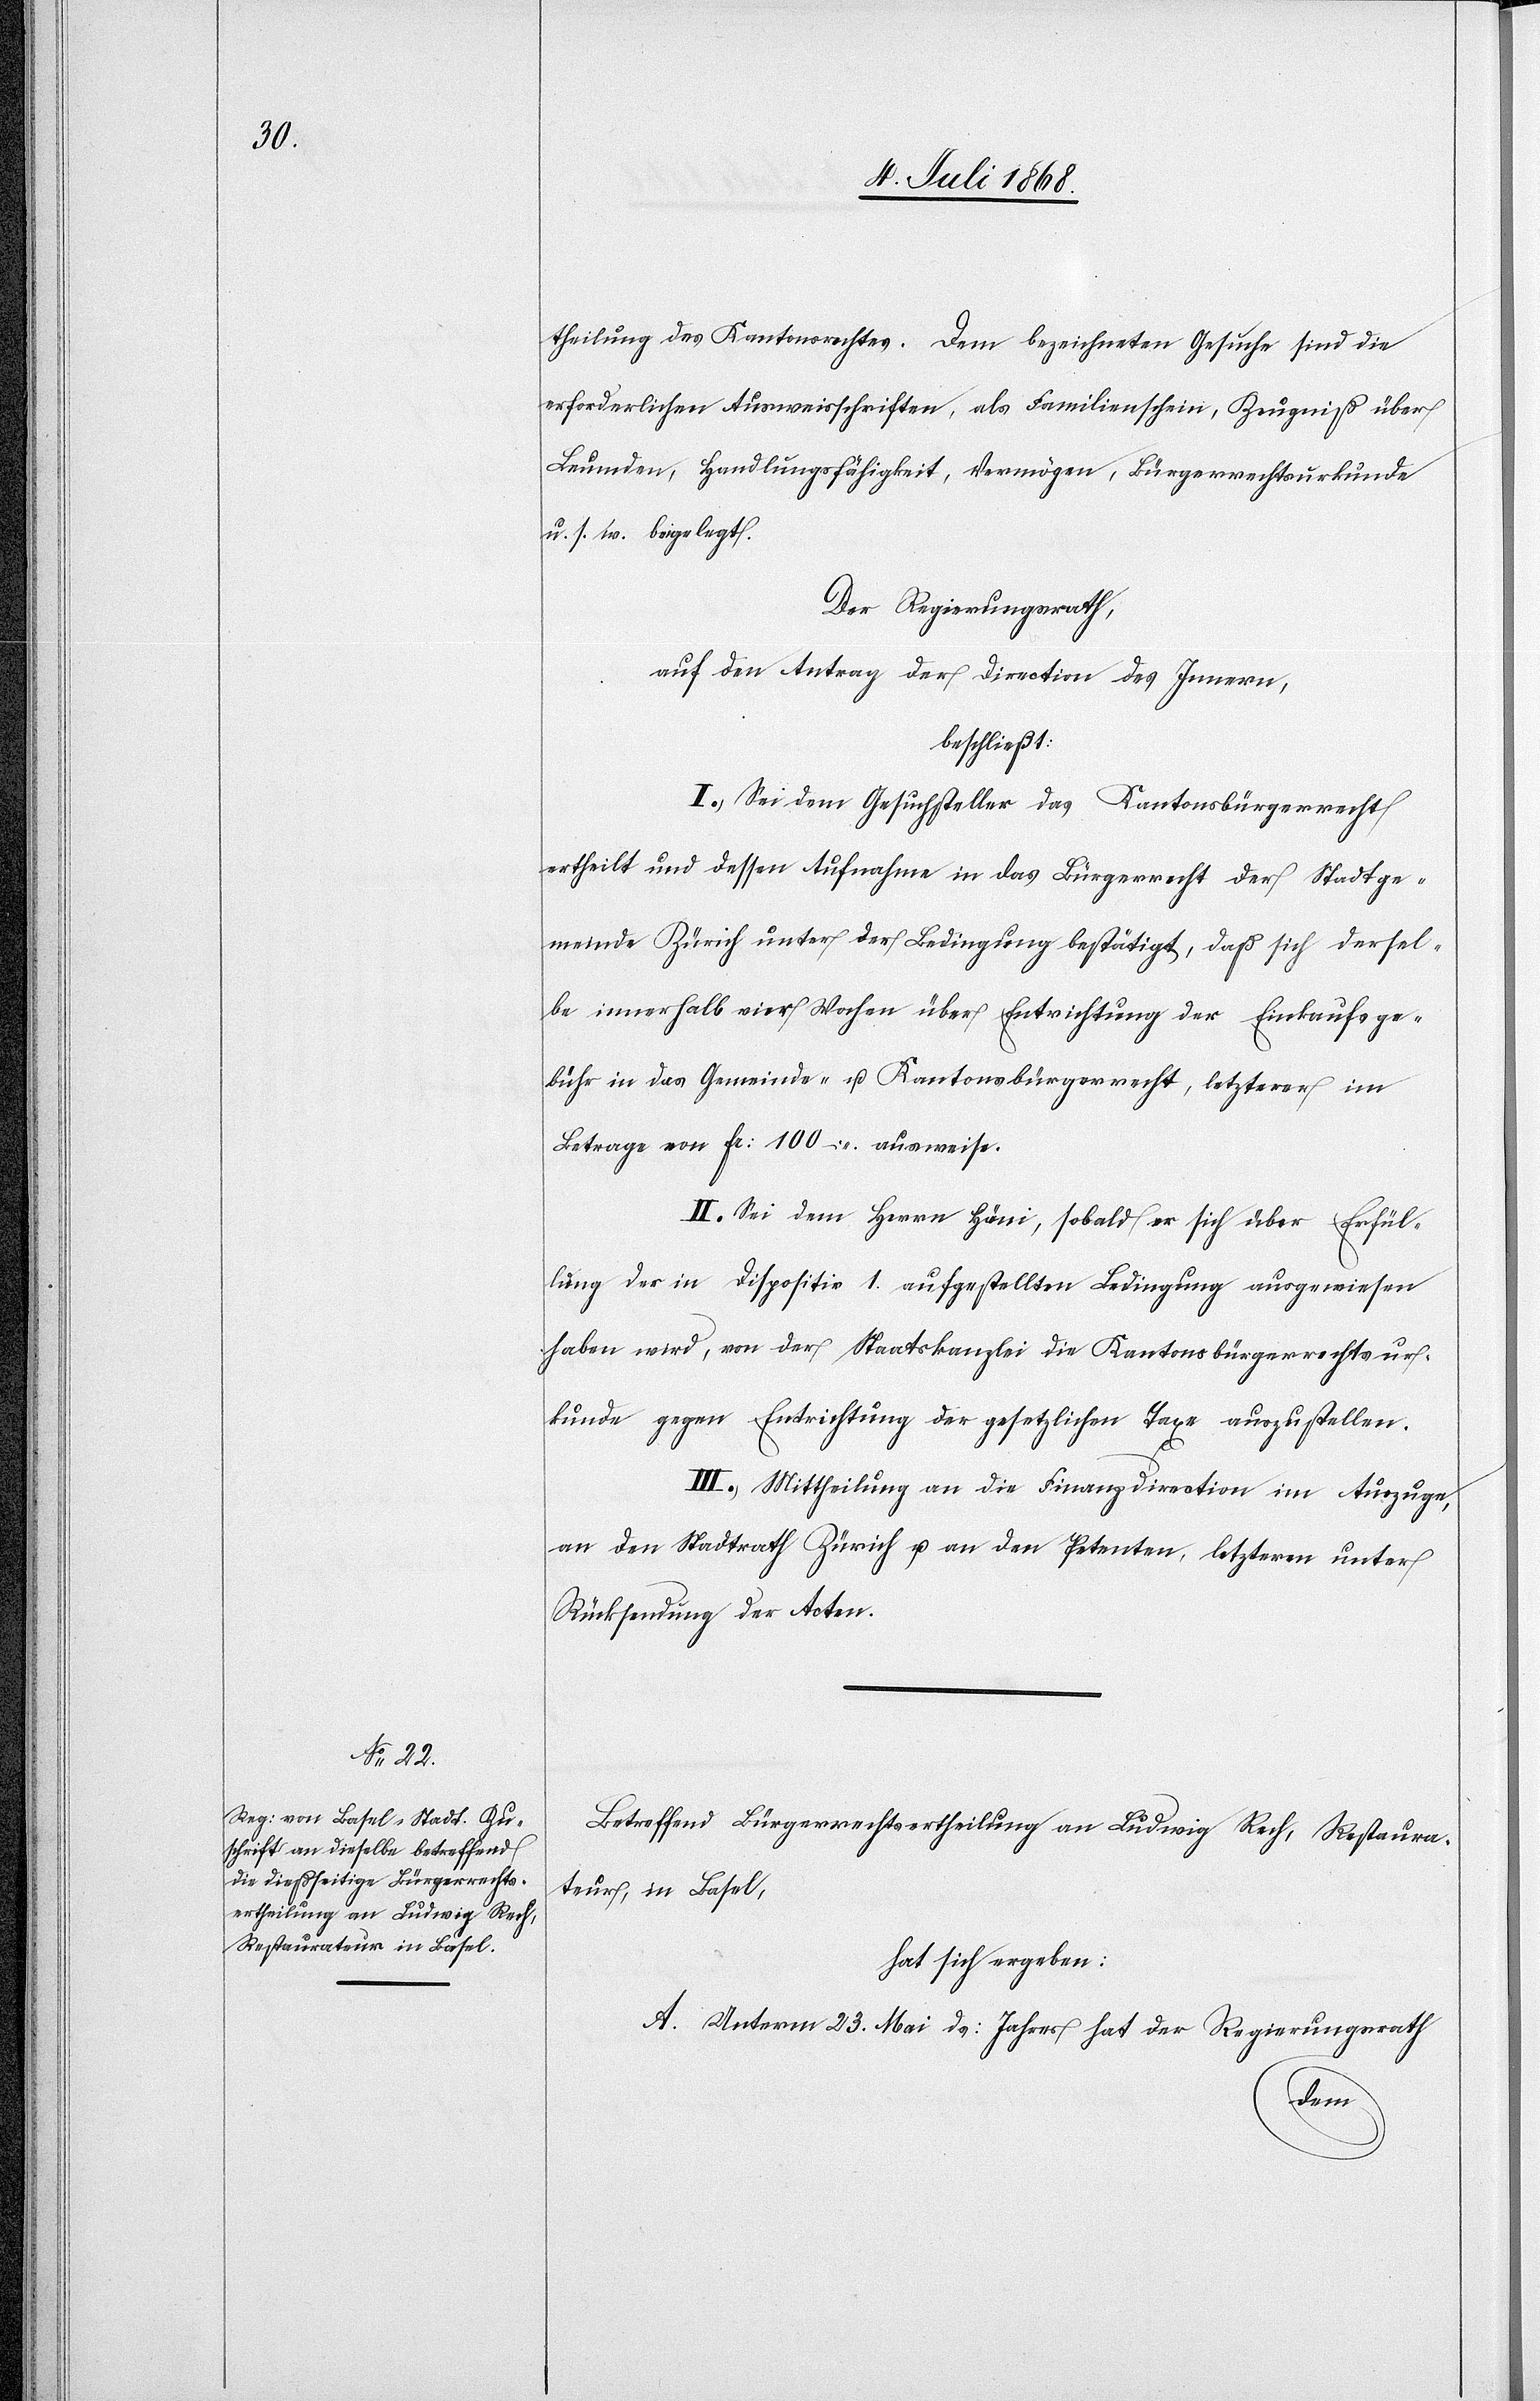
theilung des Kantonsrechtes. Dem bezeichneten Gesuche sind die
erforderlichen Ausweisschriften, als Familienschein, Zeugniß über
Leumden, Handlungsfähigkeit, Vermögen, Bürgerrechtsurkunde
u. s. w. beigelegt.
Der Regierungsrath,
auf den Antrag der Direction des Innern,
beschließt:
I.) Sei dem Gesuchsteller das Kantonsbürgerrecht
ertheilt und dessen Aufnahme in das Bürgerrecht der Stadtge¬
meinde Zürich unter der Bedingung bestätigt, daß sich dersel¬
be innerhalb vier Wochen über Entrichtung der Einkaufsge¬
bühr in das Gemeinde- u. Kantonsbürgerrecht, letzterer im
Betrage von Fr: 100 – ausweise.
II.) Sei dem Herrn Häni, sobald er sich über Erfül¬
lung der in Dispositiv I. aufgestellten Bedingung ausgewiesen
haben wird, von der Staatskanzlei die Kantonsbürgerrechtsur¬
kunde gegen Entrichtung der gesetzlichen Taxe auszustellen.
III.) Mittheilung an die Finanzdirection im Auszuge,
an den Stadtrath Zürich u. an den Petenten, letzteren unter
Rücksendung der Acten.
Betreffend Bürgerrechtsertheilung an Ludwig Rech, Restaura¬
teur, in Basel,
hat sich ergeben:
A. Unterm 23. Mai ds: Jahres hat der Regierungsrath